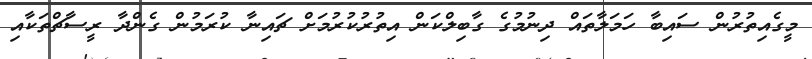
މީގެއިތުރުން ސައިބާ ހަމަލާތައް ދިނުމުގެ ގާބިލްކަން އިތުރުކުރުމަށް ޗައިނާ ކުރަމުން ގެންދާ ރީސާޗްތަކާއި